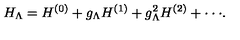
H _ { \Lambda } = H ^ { ( 0 ) } + g _ { \Lambda } H ^ { ( 1 ) } + g _ { \Lambda } ^ { 2 } H ^ { ( 2 ) } + \cdot \cdot \cdot .